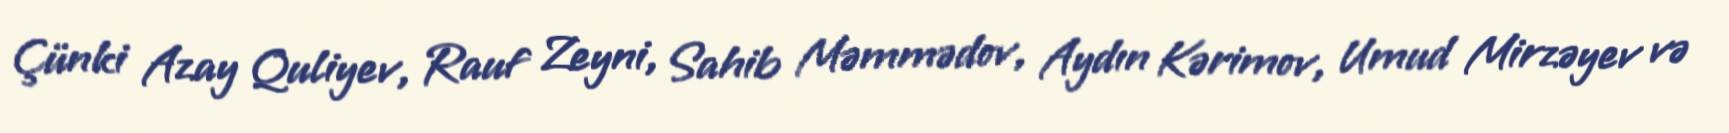
Çünki Azay Quliyev, Rauf Zeyni, Sahib Məmmədov, Aydın Kərimov, Umud Mirzəyev və